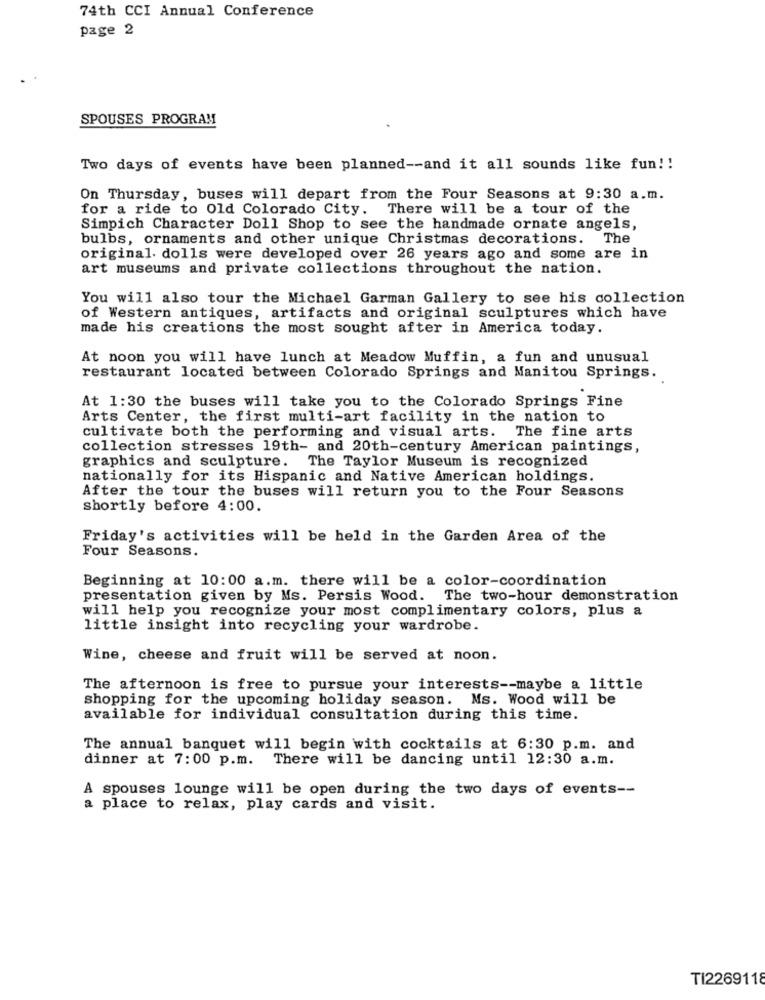
74th CCI Annual Conference
page 2
SPOUSES PROGRAM
Two days of events have been planned -- and it all sounds like fun !!
On Thursday, buses will depart from the Four Seasons at 9:30 a.m.
for a ride to Old Colorado City. There will be a tour of the
Simpich Character Doll Shop to see the handmade ornate angels,
bulbs, ornaments and other unique Christmas decorations. The
original. dolls were developed over 26 years ago and some are in
art museums and private collections throughout the nation.
You will also tour the Michael Garman Gallery to see his collection
of Western antiques, artifacts and original sculptures which have
made his creations the most sought after in America today.
At noon you will have lunch at Meadow Muffin, a fun and unusual
restaurant located between Colorado Springs and Manitou Springs.
At 1:30 the buses will take you to the Colorado Springs Fine
Arts Center, the first multi-art facility in the nation to
cultivate both the performing and visual arts. The fine arts
collection stresses 19th- and 20th-century American paintings,
graphics and sculpture. The Taylor Museum is recognized
nationally for its Hispanic and Native American holdings.
After the tour the buses will return you to the Four Seasons
shortly before 4:00.
Friday's activities will be held in the Garden Area of the
Four Seasons.
Beginning at 10:00 a.m. there will be a color-coordination
presentation given by Ms. Persis Wood. The two-hour demonstration
will help you recognize your most complimentary colors, plus a
little insight into recycling your wardrobe.
Wine, cheese and fruit will be served at noon.
The afternoon is free to pursue your interests -- maybe a little
shopping for the upcoming holiday season. Ms. Wood will be
available for individual consultation during this time.
The annual banquet will begin with cocktails at 6:30 p.m. and
dinner at 7:00 p.m. There will be dancing until 12:30 a.m.
A spouses lounge will be open during the two days of events --
a place to relax, play cards and visit.
TI2269118